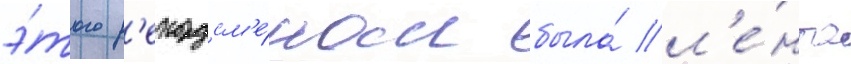
э́того р'екордсм'е́ном была́ л'е́нта